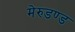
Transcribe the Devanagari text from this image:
मेरुडण्ड